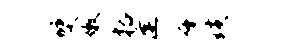
燹嫩括逢千璜